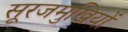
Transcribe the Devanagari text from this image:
सूरजमुखियों